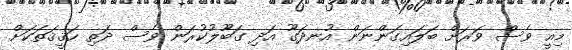
މިއީ ވެސް ވަރަށް ބަލައިގަންނަން އުނދަގޫ އަދި ގަބޫލުކުރަން ވެސް ދަތި ހަޤީޤަތަކަށް